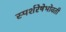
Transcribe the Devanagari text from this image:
स्पर्शरेषेभोवती